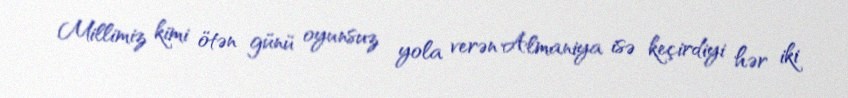
Millimiz kimi ötən günü oyunsuz yola verən Almaniya isə keçirdiyi hər iki